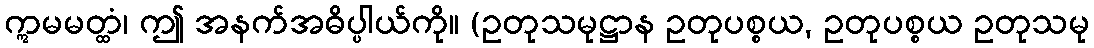
ဣမမတ္ထံ၊ ဤ အနက်အဓိပ္ပါယ်ကို။ (ဥတုသမုဋ္ဌာန ဥတုပစ္စယ, ဥတုပစ္စယ ဥတုသမု